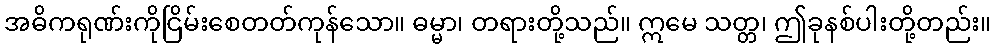
အဓိကရုဏ်းကိုငြိမ်းစေတတ်ကုန်သော။ ဓမ္မာ၊ တရားတို့သည်။ ဣမေ သတ္တ၊ ဤခုနစ်ပါးတို့တည်း။